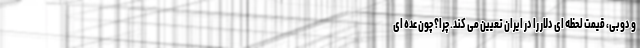
و دوبی، قیمت لحظه ای دلار را در ایران تعیین می کند. چرا؟ چون عده ای